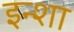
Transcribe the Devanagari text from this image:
इन्शा